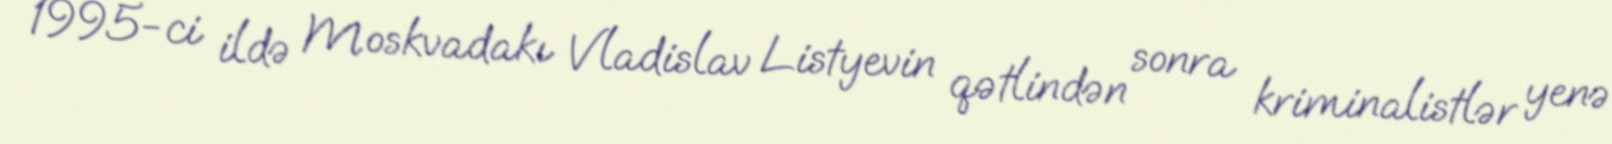
1995-ci ildə Moskvadakı Vladislav Listyevin qətlindən sonra kriminalistlər yenə